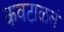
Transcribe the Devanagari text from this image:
कवटाळलं